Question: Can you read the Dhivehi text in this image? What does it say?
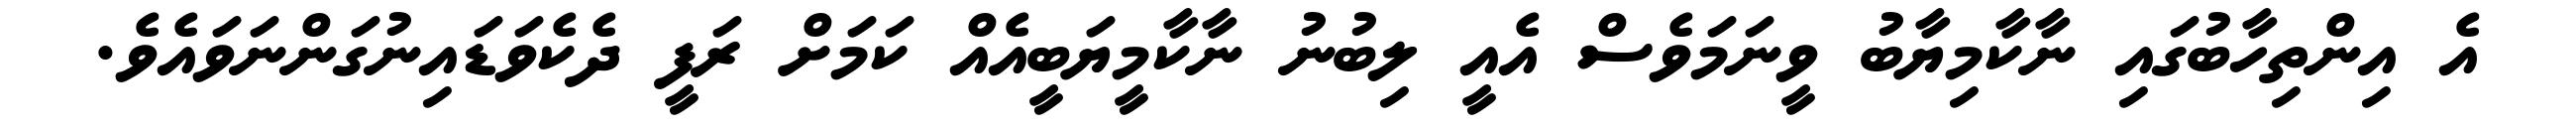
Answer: އެ އިންތިހާބުގައި ނާކާމިޔާބު ވީނަމަވެސް އެއީ ލިބުނު ނާކާމީޔަބީއެއް ކަމަށް ރަފީ ދެކެވަޑައިނުގަންނަވައެވެ.